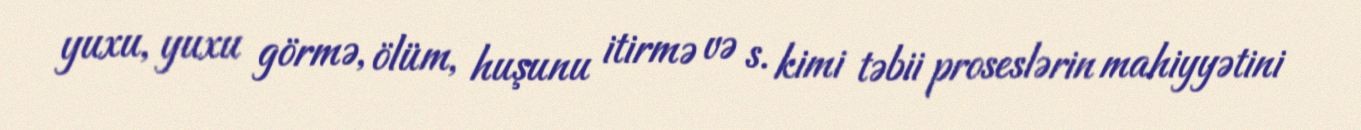
yuxu, yuxu görmə, ölüm, huşunu itirmə və s. kimi təbii proseslərin mahiyyətini